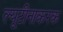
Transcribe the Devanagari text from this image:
ल्यूटीनाकरक